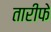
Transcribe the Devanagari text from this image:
तारीफे